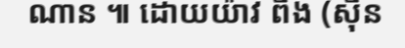
ណាន ៕ ដោយយ៉ាវ ពីង (ស៊ីន